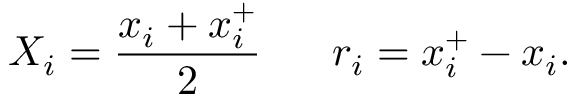
X _ { i } = \frac { x _ { i } + x _ { i } ^ { + } } { 2 } \ \ \ \ \ r _ { i } = x _ { i } ^ { + } - x _ { i } .